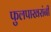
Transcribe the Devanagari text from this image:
फुलपाखरांनी